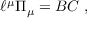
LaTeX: { \ell } ^ { \mu } { \mit \Pi } _ { \mu } = { B } { C } \ ,